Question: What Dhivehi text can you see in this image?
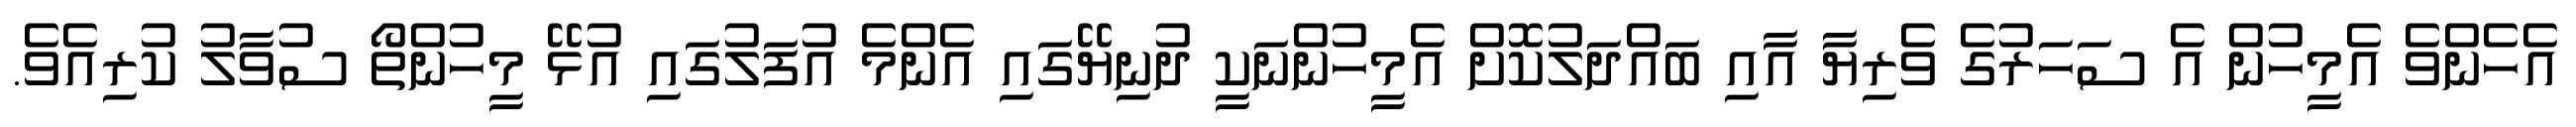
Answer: އެހެންވެ އެމީހުން އެ ސަހަރުގެ ވެރިޔާ އާއި ބައްދަލުކޮށް އެމީހުންނަކީ ދުނިޔޭގައި އެންމެ އުފަލުގައި އުޅޭ މީހުންތޯ ސުވާލު ކުރިއެވެ.